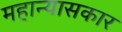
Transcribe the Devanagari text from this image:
महान्यासकार